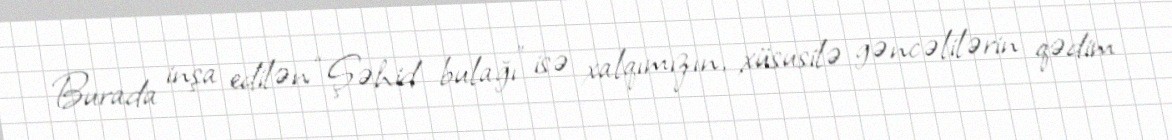
Burada inşa edilən “Şəhid bulağı” isə xalqımızın, xüsusilə gəncəlilərin qədim